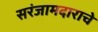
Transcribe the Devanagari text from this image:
सरंजामदाराचे